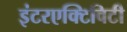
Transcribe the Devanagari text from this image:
इंटरएक्टिविटी